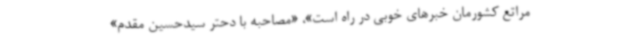
مراتع کشورمان خبرهای خوبی در راه است»، «مصاحبه با دحتر سیدحسین مقدم»